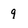
Character: 9